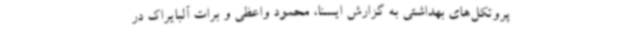
پروتکل‌های بهداشتی به گزارش ایسنا، محمود واعظی و برات آلبایراک در